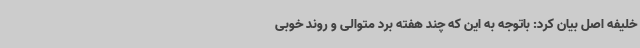
خلیفه اصل بیان کرد: باتوجه به این که چند هفته برد متوالی و روند خوبی